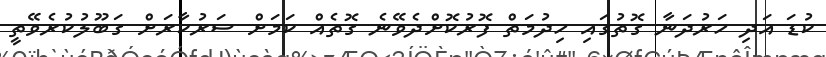
ކުޑަ އަދި ހަރުދަނާ ގޮތުގައި ހިދުމަތް ފޮރުކޮށްދެވޭނެ ގޮތެއް ކަމަށް ސަރުކާރަށް ގަބޫލުކުރެވޭތީ